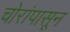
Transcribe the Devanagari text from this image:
चोरांपासून